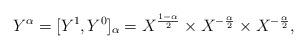
LaTeX: \begin{align*}Y^\alpha = [Y^1,Y^0]_{\alpha} = X^{\frac{1-\alpha}{2}} \times X^{-\frac{\alpha}{2}} \times X^{-\frac{\alpha}{2}},\end{align*}